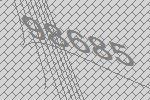
98685